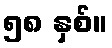
၅၈ နှစ်။